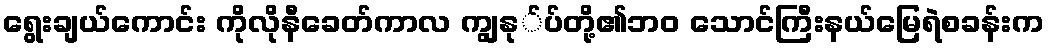
ရွေးချယ်ကောင်း ကိုလိုနီခေတ်ကာလ ကျွနု်ပ်တို့၏ဘ၀ သောင်ကြီးနယ်မြေရဲစခန်းက